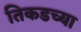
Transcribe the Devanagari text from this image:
तिकडच्या